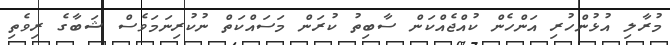
މުރާލި އުޅުންހުރި އަންހެން ކުއްޖެއްކަން ސާބިތު ކުރަން މަސައްކަތް ނުކުރިނަމަވެސް ޝަބާގެ ރިވެތި